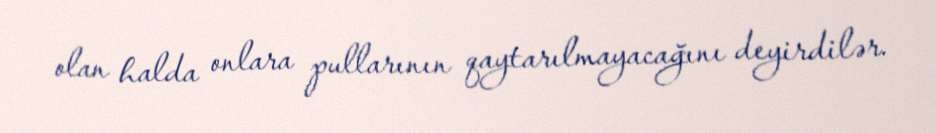
olan halda onlara pullarının qaytarılmayacağını deyirdilər.